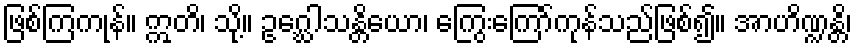
ဖြစ်ကြကုန်။ ဣတိ၊ သို့။ ဥဂ္ဃေါသန္တိယော၊ ကြွေးကြော်ကုန်သည်ဖြစ်၍။ အာဟိဏ္ဍန္တိ၊